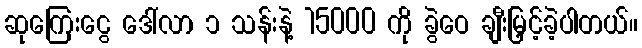
ဆုကြေးငွေ ဒေါ်လာ ၁ သန်းနဲ့ 15000 ကို ခွဲဝေ ချီးမြှင့်ခဲ့ပါတယ်။